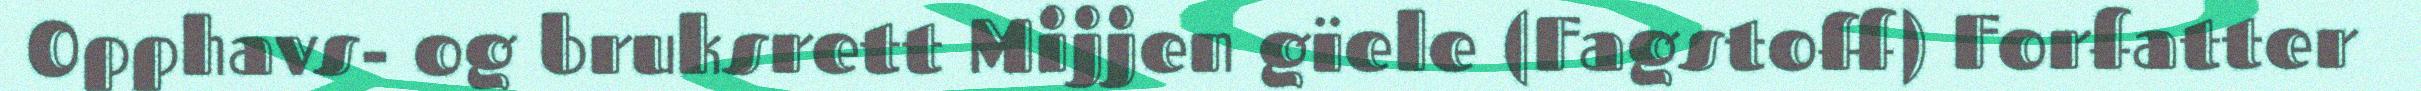
Opphavs- og bruksrett Mijjen gïele (Fagstoff) Forfatter